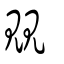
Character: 覞